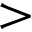
>